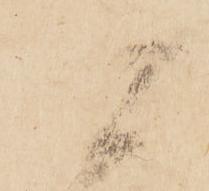
炊